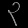
Digit: ၃